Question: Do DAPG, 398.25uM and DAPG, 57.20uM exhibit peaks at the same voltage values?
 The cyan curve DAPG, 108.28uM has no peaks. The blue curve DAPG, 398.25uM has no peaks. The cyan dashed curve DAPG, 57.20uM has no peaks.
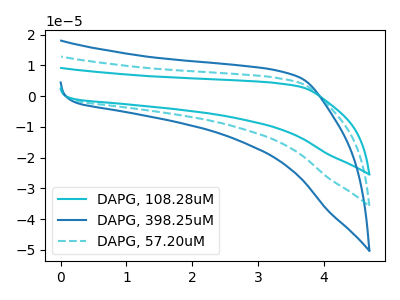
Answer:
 <answer>Niether CV has any peaks.</answer>
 <eval>blanks</eval>